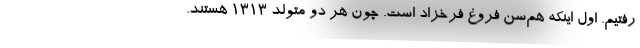
رفتیم. اول اینکه هم‌سن فروغ فرخزاد است. چون هر دو متولد ۱۳۱۳ هستند.